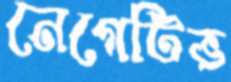
নেগেটিভ